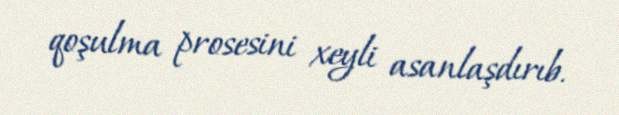
qoşulma prosesini xeyli asanlaşdırıb.